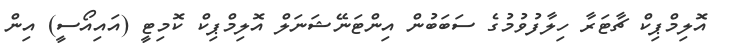
އޮލިމްޕިކް ޗާޓަރާ ހިލާފުވުމުގެ ސަބަބުން އިންޓަނޭޝަނަލް އޮލިމްޕިކް ކޮމިޓީ (އައިއޯސީ) އިން